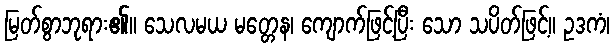
မြတ်စွာဘုရား၏။ သေလမယ မတ္တေန၊ ကျောက်ဖြင့်ပြီး သော သပိတ်ဖြင့်။ ဥဒကံ၊